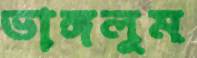
ভাঙ্গলুম